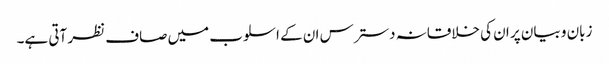
زبان و بیان پر ان کی خلاقانہ دسترس ان کے اسلوب میں صاف نظر آتی ہے۔